Vaccination in Burma 1900-1911 - 1900-1911
Year: 1900
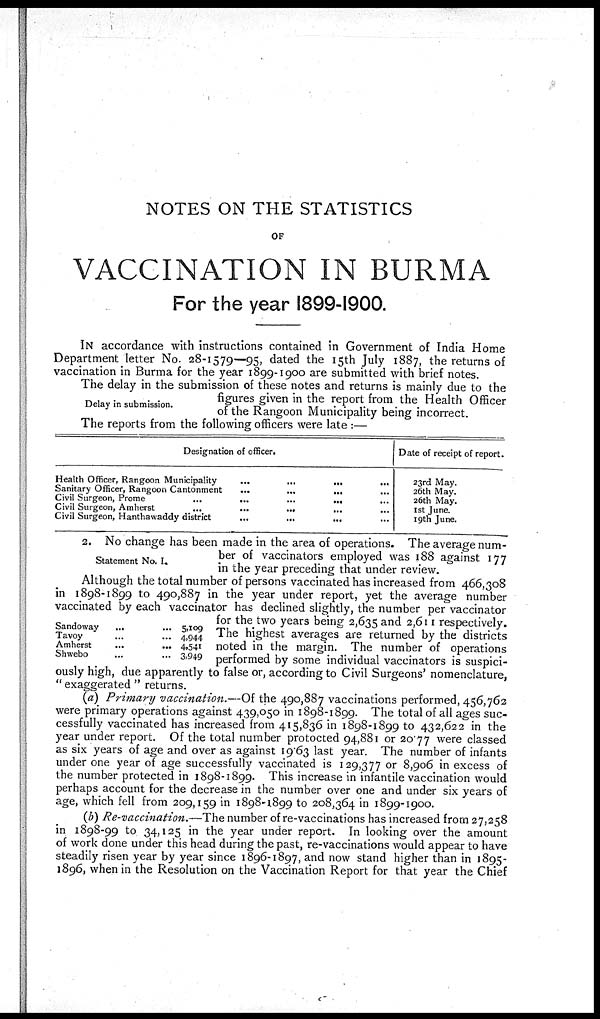
NOTES ON THE STATISTICS
OF
VACCINATION IN BURMA
For the year 1899-1900.
IN accordance with instructions contained in Government of India Home
Department letter No. 28-1579—95, dated the 15th July 1887, the returns of
vaccination in Burma for the year 1899-1900 are submitted with brief notes.
Delay in submission.
The delay in the submission of these notes and returns is mainly due to the
figures given in the report from the Health Officer
of the Rangoon Municipality being incorrect.
The reports from the following officers were late :—
Designation of officer.
Health Officer, Rangoon Municipality
...
...
...
...
Sanitary Officer, Rangoon Cantonment
...
...
...
Civil Surgeon, Prome
...
...
...
...
Civil Surgeon, Amherst
...
...
..*
...
Civil Surgeon, Hanthawaddy district
Date of receipt of report.
23rd May.
26th May.
26th May.
1st June.
19th June.
Statement No. I.
2. No change has been made in the area of operations. The average num-
ber of vaccinators employed was 188 against 177
in the year preceding that under review.
Sandoway
... ...
Tavoy ... ...
Amherst
...
...
Shwebo ... ...
5,109
4,944
4,541
3,949
Although the total number of persons vaccinated has increased from 466,308
in 1898-1899 to 490,887 in the year under report, yet the average number
vaccinated by each vaccinator has declined slightly, the number per vaccinator
for the two years being 2,635 and 2,611 respectively.
The highest averages are returned by the districts
noted in the margin. The number of operations
performed by some individual vaccinators is suspici-
ously high, due apparently to false or, according to Civil Surgeons' nomenclature,
" exaggerated " returns.
(a) Primary vaccination.—Of the 490,887 vaccinations performed, 456,762
were primary operations against 439,050 in 1898-1899. The total of all ages suc-
cessfully vaccinated has increased from 415,836 in 1898-1899 to 432,622 in the
year under report. Of the total number protocted 94,881 or 20.77 were classed
as six years of age and over as against 19.63 last year. The number of infants
under one year of age successfully vaccinated is 129,377 or 8,906 in excess of
the number protected in 1898-1899. This increase in infantile vaccination would
perhaps account for the decrease in the number over one and under six years of
age, which fell from 209,159 in 1898-1899 to 208,364 in 1899-1900.
(b) Re-vaccination.—The number of re-vaccinations has increased from 27,258
in 1898-99 to 34,125 in the year under report. In looking over the amount
of work done under this head during the past, re-vaccinations would appear to have
steadily risen year by year since 1896-1897, and now stand higher than in 1895-
1896, when in the Resolution on the Vaccination Report for that year the Chief